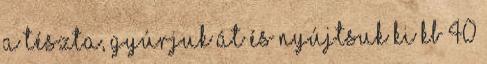
a tészta, gyúrjuk át és nyújtsuk ki kb 40